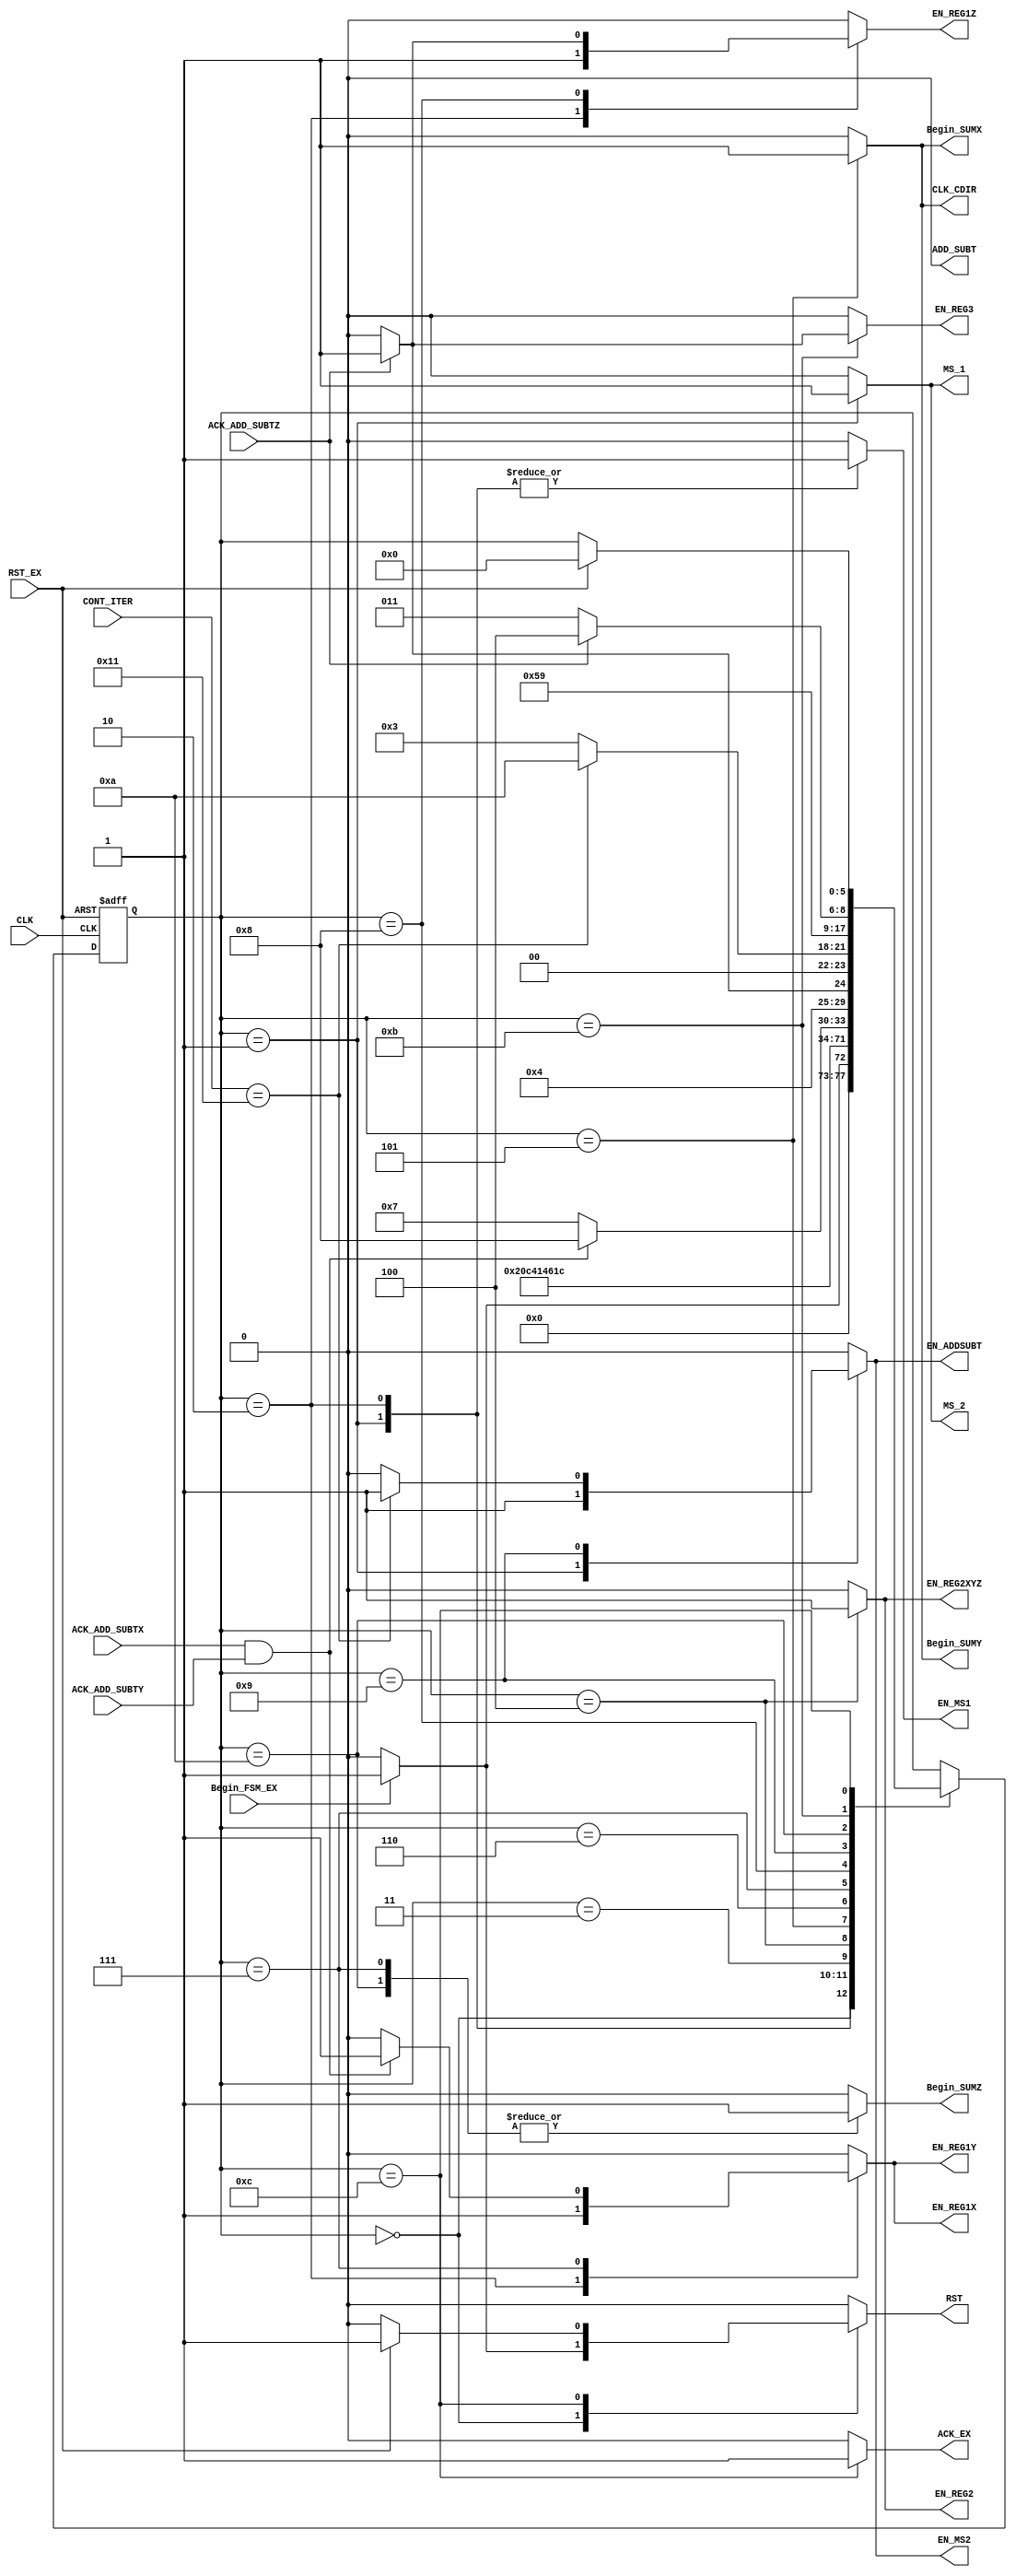
`timescale 1ns / 1ps
//////////////////////////////////////////////////////////////////////////////////
// Company: 
// Engineer: 
// 
// Design Name: 
// Module Name: FSM_C_CORDIC
// Project Name: 
// Target Devices: 
// Tool Versions: 
// Description: 
// 
// Dependencies: 
// 
// Revision:
// Revision 0.01 - File Created
// Additional Comments:
// 
//////////////////////////////////////////////////////////////////////////////////

module FSM_C_CORDIC(
	 //INPUTS
	 input wire CLK,            //system clock
	 input wire RST_EX,         //system reset 
	 input wire ACK_ADD_SUBTX,  //RECIBE SI LA SUMA EN FLOTANTE X SE EJECUTO 
	 input wire ACK_ADD_SUBTY,  //RECIBE SI LA SUMA EN FLOTANTE Y SE EJECUTO
	 input wire ACK_ADD_SUBTZ,  //RECIBE SI LA SUMA EN FLOTANTE Z SE EJECUTO
	 input wire Begin_FSM_EX,   //inicia la maquina de estados 
	 input wire [4:0] CONT_ITER,//LLEVA LA CUENTA DE LA ITERACIONES 
		
     //OUTPUT SIGNALS
     output reg RST,            //REALIZA EL RESET DE LOS REGISTROS 
     output reg MS_1,           //SELECCION DEL MUX 1 
     output reg EN_REG3,        //ENABLE PARA EL REGISTRO 3 CON EL VALOR DEL EXP = COSH + SIN H
     //output reg EN_REGMult,     //ENABLE REG MULT
     output reg ADD_SUBT,       //SELECCION DE OPERACION PARA EL ADD/SUBT FLOTANTE 
     output reg Begin_SUMX,     //INICIA ADD/SUM FLOTANTE X
     output reg Begin_SUMY,     //INICIA ADD/SUM FLOTANTE Y
     output reg Begin_SUMZ,     //INICIA ADD/SUM FLOTANTE Z
     output reg EN_REG1X,       //ENABLE PARA LOS REGISTROS X,Y,Z DE LA PRIMERA ETAPA
     output reg EN_REG1Y,       //ENABLE PARA LOS REGISTROS X,Y,Z DE LA PRIMERA ETAPA 
     output reg EN_REG1Z,       //ENABLE PARA LOS REGISTROS X,Y,Z DE LA PRIMERA ETAPA   
     output reg MS_2,           //SELECCION DEL MUX 2
     output reg EN_REG2,        //ENABLE PARA EL REGISTRO CON LOS VALORES DESPLAZADOS DE LA SEGUNDA ETAPA 
     output reg CLK_CDIR,       //CLK PARA EL CONTADOR DE ITERACIONES 
     output reg EN_REG2XYZ,     //ENABLE PARA EL VALOR ANTERIOR DE XYZ DE SEGUNDA ETAPA 
     output reg ACK_EX,         //ACK PARA SABER SI LA OPERACION EX YA SE REALIZO 
        
     //registros de selectores
     output reg EN_ADDSUBT,
     output reg EN_MS1,
     output reg EN_MS2
	 );
	                 
parameter [5:0] 
    //se definen los estados que se utilizaran en la maquina
					 a = 6'd0,
				     b = 6'd1,
					 c = 6'd2,
					 d = 6'd3,
					 e = 6'd4,
					 f = 6'd5,
					 g = 6'd6, 
					 h = 6'd7,   
					 i = 6'd8,
					 j = 6'd9, 
					 k = 6'd10,                          
					 l = 6'd11,  
					 m = 6'd12,
					 n = 6'd13,
					 o = 6'd14,
					 p = 6'd15,
					 q = 6'd16,
					 r = 6'd17,
					 s = 6'd18,
					 t = 6'd19;
					 	
reg [5:0] state_reg, state_next ; //state registers declaration

////
always @(posedge CLK, posedge RST_EX)
	if (RST_EX) begin
		state_reg <= a;	
	end
	else begin
		state_reg <= state_next;
	end

//assign State = state_reg;
///	
always @*
	begin
	state_next = state_reg;
	
	EN_REG2 = 0;
    EN_REG3 = 0;
    //EN_REGMult = 0;
    EN_REG1X = 0;
    EN_REG1Y = 0;
    EN_REG1Z = 0;
    EN_REG2XYZ = 0;
    Begin_SUMX = 0;
    Begin_SUMY = 0;
    Begin_SUMZ = 0;
    ACK_EX = 0;
    CLK_CDIR = 0;
    RST = 0;
    MS_1 = 0;
    MS_2 = 0;
    ADD_SUBT = 0;
    EN_ADDSUBT = 0;
    EN_MS1 = 0;
    EN_MS2 = 0;
    //nuevos estados 
    
case(state_reg)
            a: 
            begin              
                if(Begin_FSM_EX) 
                    begin
                    RST = 1; 
                    state_next = b;
                    end
                else
                    state_next = a;
            end
            
            b:
            begin
                ADD_SUBT = 0;
                EN_ADDSUBT = 1;
                MS_1 = 1;
                EN_MS1 = 1;
                MS_2 = 1;
                EN_MS2 = 1;
                state_next = c;
            end
            
            c:
            begin
                EN_REG1X = 1;
                EN_REG1Y = 1;
                EN_REG1Z = 1;
                MS_1 = 0;
                EN_MS1= 1;
                state_next = d;
            end
                                    
            d:
            begin
                state_next = e;
            end
                                                            
            e:
            begin
                EN_REG2 = 1;
                EN_REG2XYZ = 1;
                state_next = f;
            end
            
            f:
            begin
                Begin_SUMX = 1;   
                Begin_SUMY = 1;
                CLK_CDIR = 1;
                state_next = g;
            end
            
            g:
            begin
                state_next = h;
            end
            
            h:
            begin
                    Begin_SUMZ = 1;             
                if(ACK_ADD_SUBTX & ACK_ADD_SUBTY)
                    begin
                    EN_REG1X = 1;
                    EN_REG1Y = 1;
                    state_next = i;
                    end
                else
                    state_next = h;
            end
            
            i:
            begin
                if(ACK_ADD_SUBTZ)
                    begin
                    EN_REG1Z = 1;
                    state_next = j;
                    end
                else
                    state_next = i;
            end
                         
            j:
            begin                        
                if(CONT_ITER == 5'b10001)//if(CONT_ITER == 5'b01111 ) //15 iteraciones
                    begin 
                    MS_2 = 0;
                    EN_MS2 = 1;
                    ADD_SUBT = 0;
                    EN_ADDSUBT = 1; 
                    state_next = k;
                    end
                else
                   state_next = d;
            end      
            
            k:
            begin
                Begin_SUMZ = 1;
                state_next = l;
            end 
     
            l:
            begin     
                if(ACK_ADD_SUBTZ)
                   begin 
                   EN_REG3 = 1;
                   state_next = m;
                   end
                else
                   state_next = l;
            end 
            
            m:
            begin
                ACK_EX = 1;
                if(RST_EX)
                    begin 
                    RST = 1; 
                    state_next = a;
                    end
            end
        endcase
    end

endmodule

//case(state_reg)
//            a: 
//            begin              
//                if(Begin_FSM_EX) 
//                    begin
//                    RST = 1; 
//                    state_next = b;
//                    end
//                else
//                    state_next = a;
//            end
            
//            b:
//            begin
//                ADD_SUBT = 0;
//                EN_ADDSUBT = 1;
//                MS_1 = 1;
//                EN_MS1 = 1;
//                MS_2 = 1;
//                EN_MS2 = 1;
//                state_next = c;
//            end
            
//            c:
//            begin
//                EN_REG1X = 1;
//                EN_REG1Y = 1;
//                EN_REG1Z = 1;
//                MS_1 = 0;
//                EN_MS1= 1;
//                state_next = d;
//            end
                        
//            /*d:
//            begin 
//                MS_1 = 0;
//                EN_MS1= 1;
//                state_next = e;
//            end*/
            
//            d:
//            begin
//                CLK_CDIR = 1;
//                state_next = e;
//            end
                                                            
//            e:
//            begin
//                EN_REG2 = 1;
//                state_next = f;
//            end
            
//            f:
//            begin
//                EN_REG2XYZ = 1;
//                state_next = g;
//            end
            
//            g:
//            begin
//                Begin_SUMZ = 1;
//                state_next = h;
//            end
            
//            h:
//            begin
//                Begin_SUMX = 1;
//                Begin_SUMY = 1;             
//                if(ACK_ADD_SUBTZ)
//                    begin
//                    EN_REG1Z = 1;
//                    state_next = i;
//                    end
//                else
//                    state_next = h;
//            end
            
//            i:
//            begin
//                    //Begin_SUMZ = 1;
//                if(ACK_ADD_SUBTX & ACK_ADD_SUBTY)
//                    begin
//                    EN_REG1X = 1;
//                    EN_REG1Y = 1;
//                    //Begin_SUMZ = 1;
//                    state_next = j;
//                    end
//                else
//                    state_next = i;
//            end
                 
//            /*k:
//            begin
//                state_next = l;
//            end*/
                         
//            j:
//            begin                        
//                if(CONT_ITER == 5'b10001)//if(CONT_ITER == 5'b01111 ) //15 iteraciones
//                    begin 
//                    MS_2 = 0;
//                    EN_MS2 = 1;
//                    ADD_SUBT = 0;
//                    EN_ADDSUBT = 1; 
//                    state_next = k;
//                    end
//                else
//                   state_next = d;
//            end      
            
//            k:
//            begin
//                Begin_SUMZ = 1;
//                state_next = l;
//            end 
     
//            l:
//            begin     
//                if(ACK_ADD_SUBTZ)
//                   begin 
//                   EN_REG3 = 1;
//                   state_next = m;
//                   end
//                else
//                   state_next = l;
//            end 
            
//            m:
//            begin
//                ACK_EX = 1;
//                if(RST_EX)
//                    begin 
//                    RST = 1; 
//                    state_next = a;
//                    end
//            end
//        endcase
//    end

//endmodule